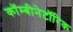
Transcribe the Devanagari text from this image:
कॉम्बीनेटॉरिक